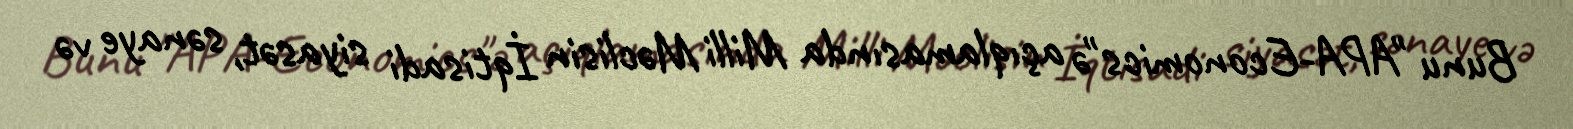
Bunu "APA-Economics"ə açıqlamasında Milli Məclisin İqtisadi siyasət, sənaye və